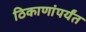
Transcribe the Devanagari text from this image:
ठिकाणांपर्यंत